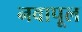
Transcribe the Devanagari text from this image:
नवापूल